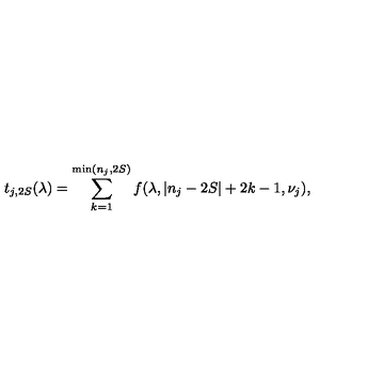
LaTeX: t _ { j , 2 S } ( \lambda ) = \sum _ { k = 1 } ^ { \mathrm { m i n } ( n _ { j } , 2 S ) } f ( \lambda , | n _ { j } - 2 S | + 2 k - 1 , \nu _ { j } ) ,